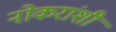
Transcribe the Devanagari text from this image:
नोकरांशी